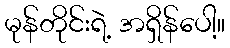
မုန်တိုင်းရဲ့ အရှိန်ပေါ့။